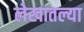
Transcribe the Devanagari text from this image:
लेखातल्या